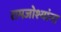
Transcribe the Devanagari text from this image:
रामजोश्यांना